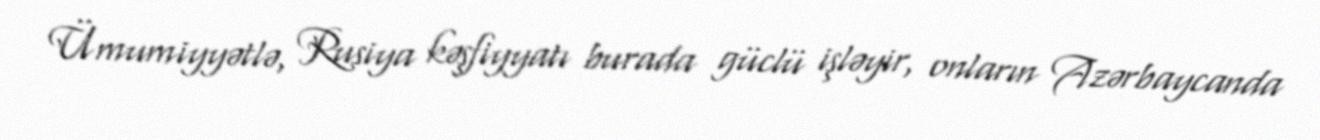
Ümumiyyətlə, Rusiya kəşfiyyatı burada güclü işləyir, onların Azərbaycanda